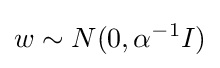
w\sim N(0,\alpha ^{-1}I)